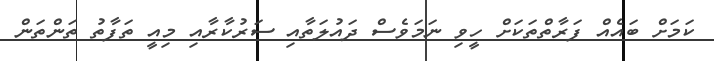
ކަމަށް ބައެއް ފަރާތްތަކަށް ހީވި ނަމަވެސް ދައުލަތާއި ސަރުކާރާއި މިއީ ތަފާތު ތަންތަން